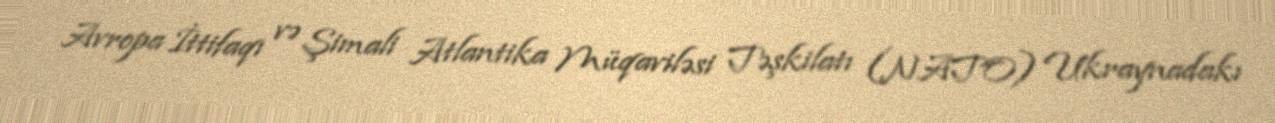
Avropa İttifaqı və Şimali Atlantika Müqaviləsi Təşkilatı (NATO) Ukraynadakı